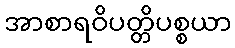
အာစာရဝိပတ္တိပစ္စယာ